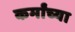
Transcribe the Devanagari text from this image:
कर्मांच्या